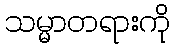
သမ္မာတရားကို